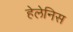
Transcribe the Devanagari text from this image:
हेलेनिस